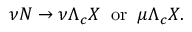
\nu N \rightarrow \nu \Lambda _ { c } X \; \; \mathrm { o r } \; \; \mu \Lambda _ { c } X .